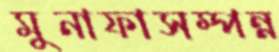
মুনাফাসম্পন্ন